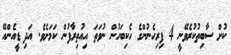
ކުށް ސާބިތުކުރެވޭނީ 4 ފިރިހެނުންގެ ހެކިބަހުން ނުވަތަ އިއުތިރާފުން ކަމަށެވެ. އަދި ޑީއެންއޭ